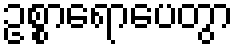
ဥစ္စာရောပေတွာ